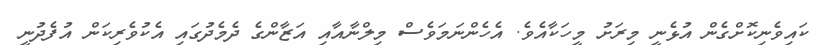
ކައިވެނިކޮށްގެން އުޅެނީ މިރަށު މީހަކާއެވެ. އެހެންނަމަވެސް މިލްނާއާއި އަޒާންގެ ދެމެދުގައި އެކުވެރިކަން އުފެދުނީ